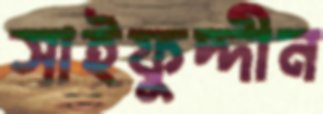
সাইফুদ্দীন